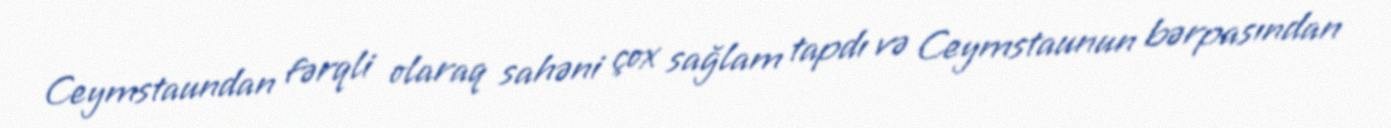
Ceymstaundan fərqli olaraq sahəni çox sağlam tapdı və Ceymstaunun bərpasından